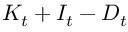
K _ { t } + I _ { t } - D _ { t }